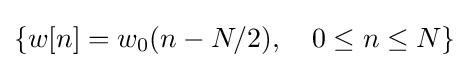
\{w[n]=w_{0}(n-N/2),\quad 0\leq n\leq N\}